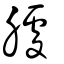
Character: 臄